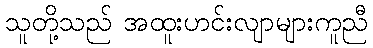
သူတို့သည် အထူးဟင်းလျာများကူညီ